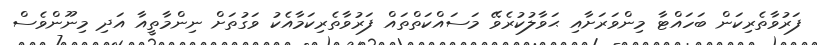
ފަރުވާތެރިކަން ބަހައްޓާ މިންވަރަށާއި ޙަވާލުކުރެވޭ މަސައްކަތްތައް ފަރުވާތެރިކަމާއެކު ވަގުތަށް ނިންމާތީއާ އަދި މިނޫންވެސް